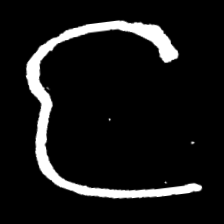
Pyu character \u2014 Myanmar letter: င (romanized: nga)